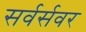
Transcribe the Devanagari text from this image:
सर्वर्सवर